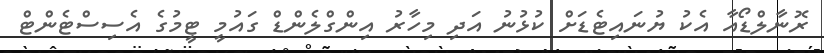
ރޮނާލްޑޯއާ އެކު ޔުނައިޓެޑަށް ކުޅުނު އަދި މިހާރު އިންގްލެންޑް ގައުމީ ޓީމުގެ އެސިސްޓެންޓް